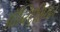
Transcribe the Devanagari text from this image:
ऑब्स्ट्रिशियन